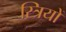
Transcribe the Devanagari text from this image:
स्‍त्रियों